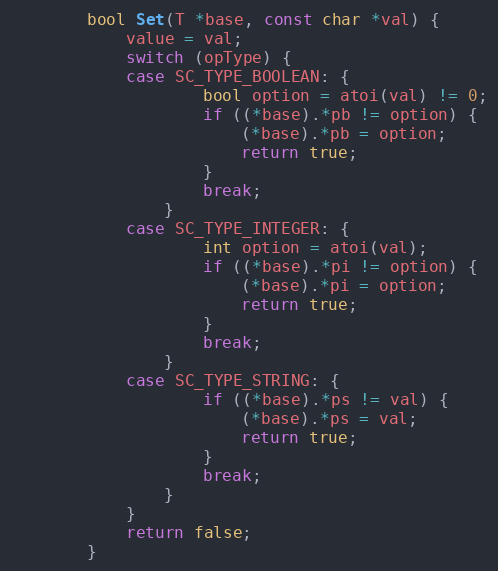
Language: C
		bool Set(T *base, const char *val) {
			value = val;
			switch (opType) {
			case SC_TYPE_BOOLEAN: {
					bool option = atoi(val) != 0;
					if ((*base).*pb != option) {
						(*base).*pb = option;
						return true;
					}
					break;
				}
			case SC_TYPE_INTEGER: {
					int option = atoi(val);
					if ((*base).*pi != option) {
						(*base).*pi = option;
						return true;
					}
					break;
				}
			case SC_TYPE_STRING: {
					if ((*base).*ps != val) {
						(*base).*ps = val;
						return true;
					}
					break;
				}
			}
			return false;
		}